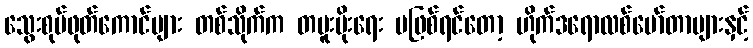
သွေးစုပ်ဖုတ်ကောင်များ တစ်သိုက်က တမူးမိုးရေး မဖြစ်ရင်တော့ ဟိုက်ဒရောလစ်မော်တာများနှင့်